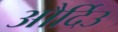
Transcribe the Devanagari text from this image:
और्दिउ